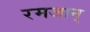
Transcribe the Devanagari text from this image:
रमजान्